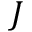
J